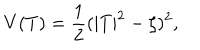
LaTeX: V ( T ) = \frac 1 2 ( | T | ^ { 2 } - \zeta ) ^ { 2 } ,